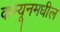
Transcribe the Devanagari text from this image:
कम्यूनमधील